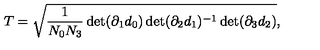
T = \sqrt { \frac { 1 } { N _ { 0 } N _ { 3 } } \det ( \partial _ { 1 } d _ { 0 } ) \det ( \partial _ { 2 } d _ { 1 } ) ^ { - 1 } \det ( \partial _ { 3 } d _ { 2 } ) } ,